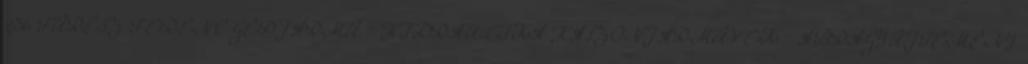
236 FŰRÉSZ FERENC GÉPJÁRMŰ – HIDRAULIKA HASZONJÁRMŰVEK – ÁBRAGYŰJTEMÉNY